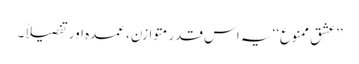
’’عشق ممنوع‘‘ یہ اس قدر متوازن، عمدہ اور تفصیلاً۔